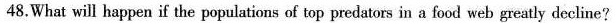
48.What will happen if the populations of top predators in a food web greatly decline?